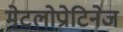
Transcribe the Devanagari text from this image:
मेटलोप्रोटिनेज